system: You are a helpful assistant.
user:
Analyze the provided spectrum to determine if it is a **White Dwarf (WD)**.

A White Dwarf spectrum is defined by its **extreme purity** (due to gravitational settling) and/or **extreme pressure broadening** (due to high surface gravity). You must check for one of the following mutually exclusive signatures:

- **Key Visual Indicators (Check for ONE of these types):**

    - **1. DA-Type Signature (Most Common):**
        - **(Primary Feature):** Extreme pressure broadening (Stark broadening) of the **Hydrogen (H) Balmer lines**.
        - **(Key Lines):** $H\beta$ (approx. $4861$ Å) and $H\gamma$ (approx. $4340$ Å). $H\alpha$ (approx. $6563$ Å) will also be present if the wavelength range covers it.
        - **(Line Profile):** This is the **defining feature**. The lines are **NOT** sharp. They appear as massive, **extremely broad and deep "troughs" or "dips"** in the spectrum, often hundreds of Ångströms wide. The continuum will appear to "scoop" down at these wavelengths.
        - **(Distinction):** Normal A-type or B-type stars have *narrow* and *sharp* Hydrogen lines. A DA White Dwarf's lines are unmistakably "smeared" or "blurry" from pressure.

    - **2. DB-Type Signature:**
        - **(Primary Feature):** Broad absorption lines from **Neutral Helium (He I)**. The spectrum must lack any visible Hydrogen lines.
        - **(Key Lines):** Look for broad absorption near $4471$ Å, $4921$ Å, and $5876$ Å.
        - **(Line Profile):** These lines are also significantly pressure-broadened, appearing much wider than they would in a normal B-type main-sequence star.

    - **3. DC-Type Signature:**
        - **(Primary Feature):** A **featureless continuous spectrum**.
        - **(Line Profile):** The spectrum is a smooth curve with **no significant absorption or emission lines**.
        - **(Key Confirmation):** The continuum is almost always **blue or white**, indicating a hot object. This signature implies the atmosphere is so pure (or so cool) that no spectral lines are visible in the optical range. Its WD identity is confirmed by its extremely low intrinsic brightness (high absolute magnitude).

    - **4. DZ-Type Signature (Metal-Polluted):**
        - **(Primary Feature):** **Isolated, narrow metal absorption lines** on an otherwise featureless (DC-like) continuum.
        - **(Key Lines):** The **Calcium (Ca II) H & K doublet** (approx. **$3934$ Å** and **$3968$ Å**) is the most common and defining feature.
        - **(Line Profile):** These lines are "out of place." They are *not* part of a "forest" of thousands of lines. This signature is evidence of recent *accretion* (pollution) from rocky debris.
        - **(Distinction):** Normal G/K/M stars have a *dense forest* of thousands of metal lines. A DZ has a *clean* continuum with *only a few* strong metal lines.

    - **5. DQ-Type Signature (Carbon-Polluted):**
        - **(Primary Feature):** Absorption bands from **Carbon (C₂ "Swan Bands" or atomic C I)**.
        - **(Key Lines - C₂):** Look for bandheads with a "saw-tooth" shape near $5635$ Å, **$5165$ Å** (strongest), and $4737$ Å.
        - **(Key Confirmation):** The underlying **continuum must be blue or white** (hot).
        - **(Distinction):** This is the critical difference from a **Carbon Star**, which has the *exact same* C₂ bands but on an extremely **red, cool** continuum.

- **(Overall Spectrum):**
    - The continuum (overall shape) is typically **blue-sloping** (brighter in the blue than the red), as most white dwarfs are very hot.
    - The spectrum will look "pure" or "simple," dominated by only *one* of the five signatures listed above.

Think first, call **spectral_visualization_tool** if needed to examine features in detail, then provide your final answer. Your response must adhere to the following strict rules:
1.  **Overall Structure:** Your response must follow the format `<think>...</think> <tool_call>...</tool_call> (if a tool is used) <answer>...</answer>`.
2.  **Tool Usage Constraint:** You may only make **one** tool call per turn.
3.  **Final Answer Format:** In the `<answer>` tag, your conclusion must be inside a `\boxed{}` command (e.g., `\boxed{YES}` or `\boxed{NO}`), followed by your justification.

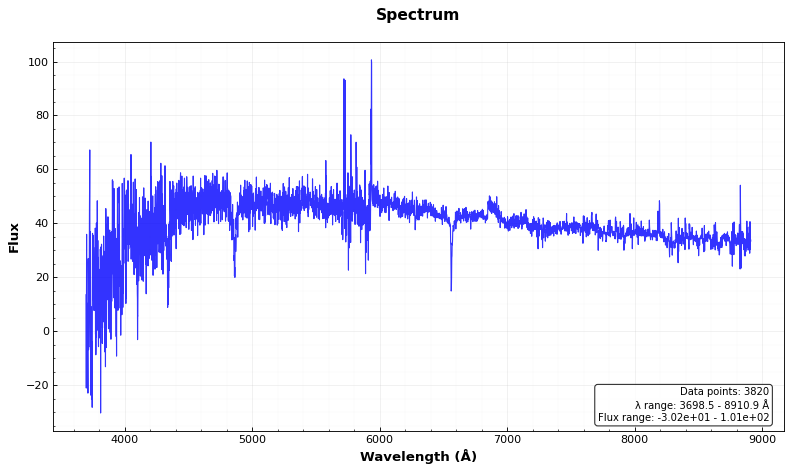
Answer: NO